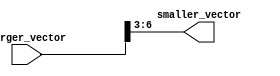
module part_select_assign (
    input [7:0] larger_vector,
    output [3:0] smaller_vector
);

assign smaller_vector = larger_vector[6:3];

endmodule